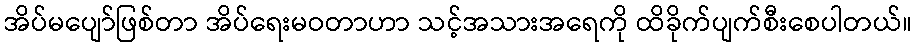
အိပ်မပျော်ဖြစ်တာ အိပ်ရေးမဝတာဟာ သင့်အသားအရေကို ထိခိုက်ပျက်စီးစေပါတယ်။